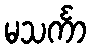
မသင်္ကာ